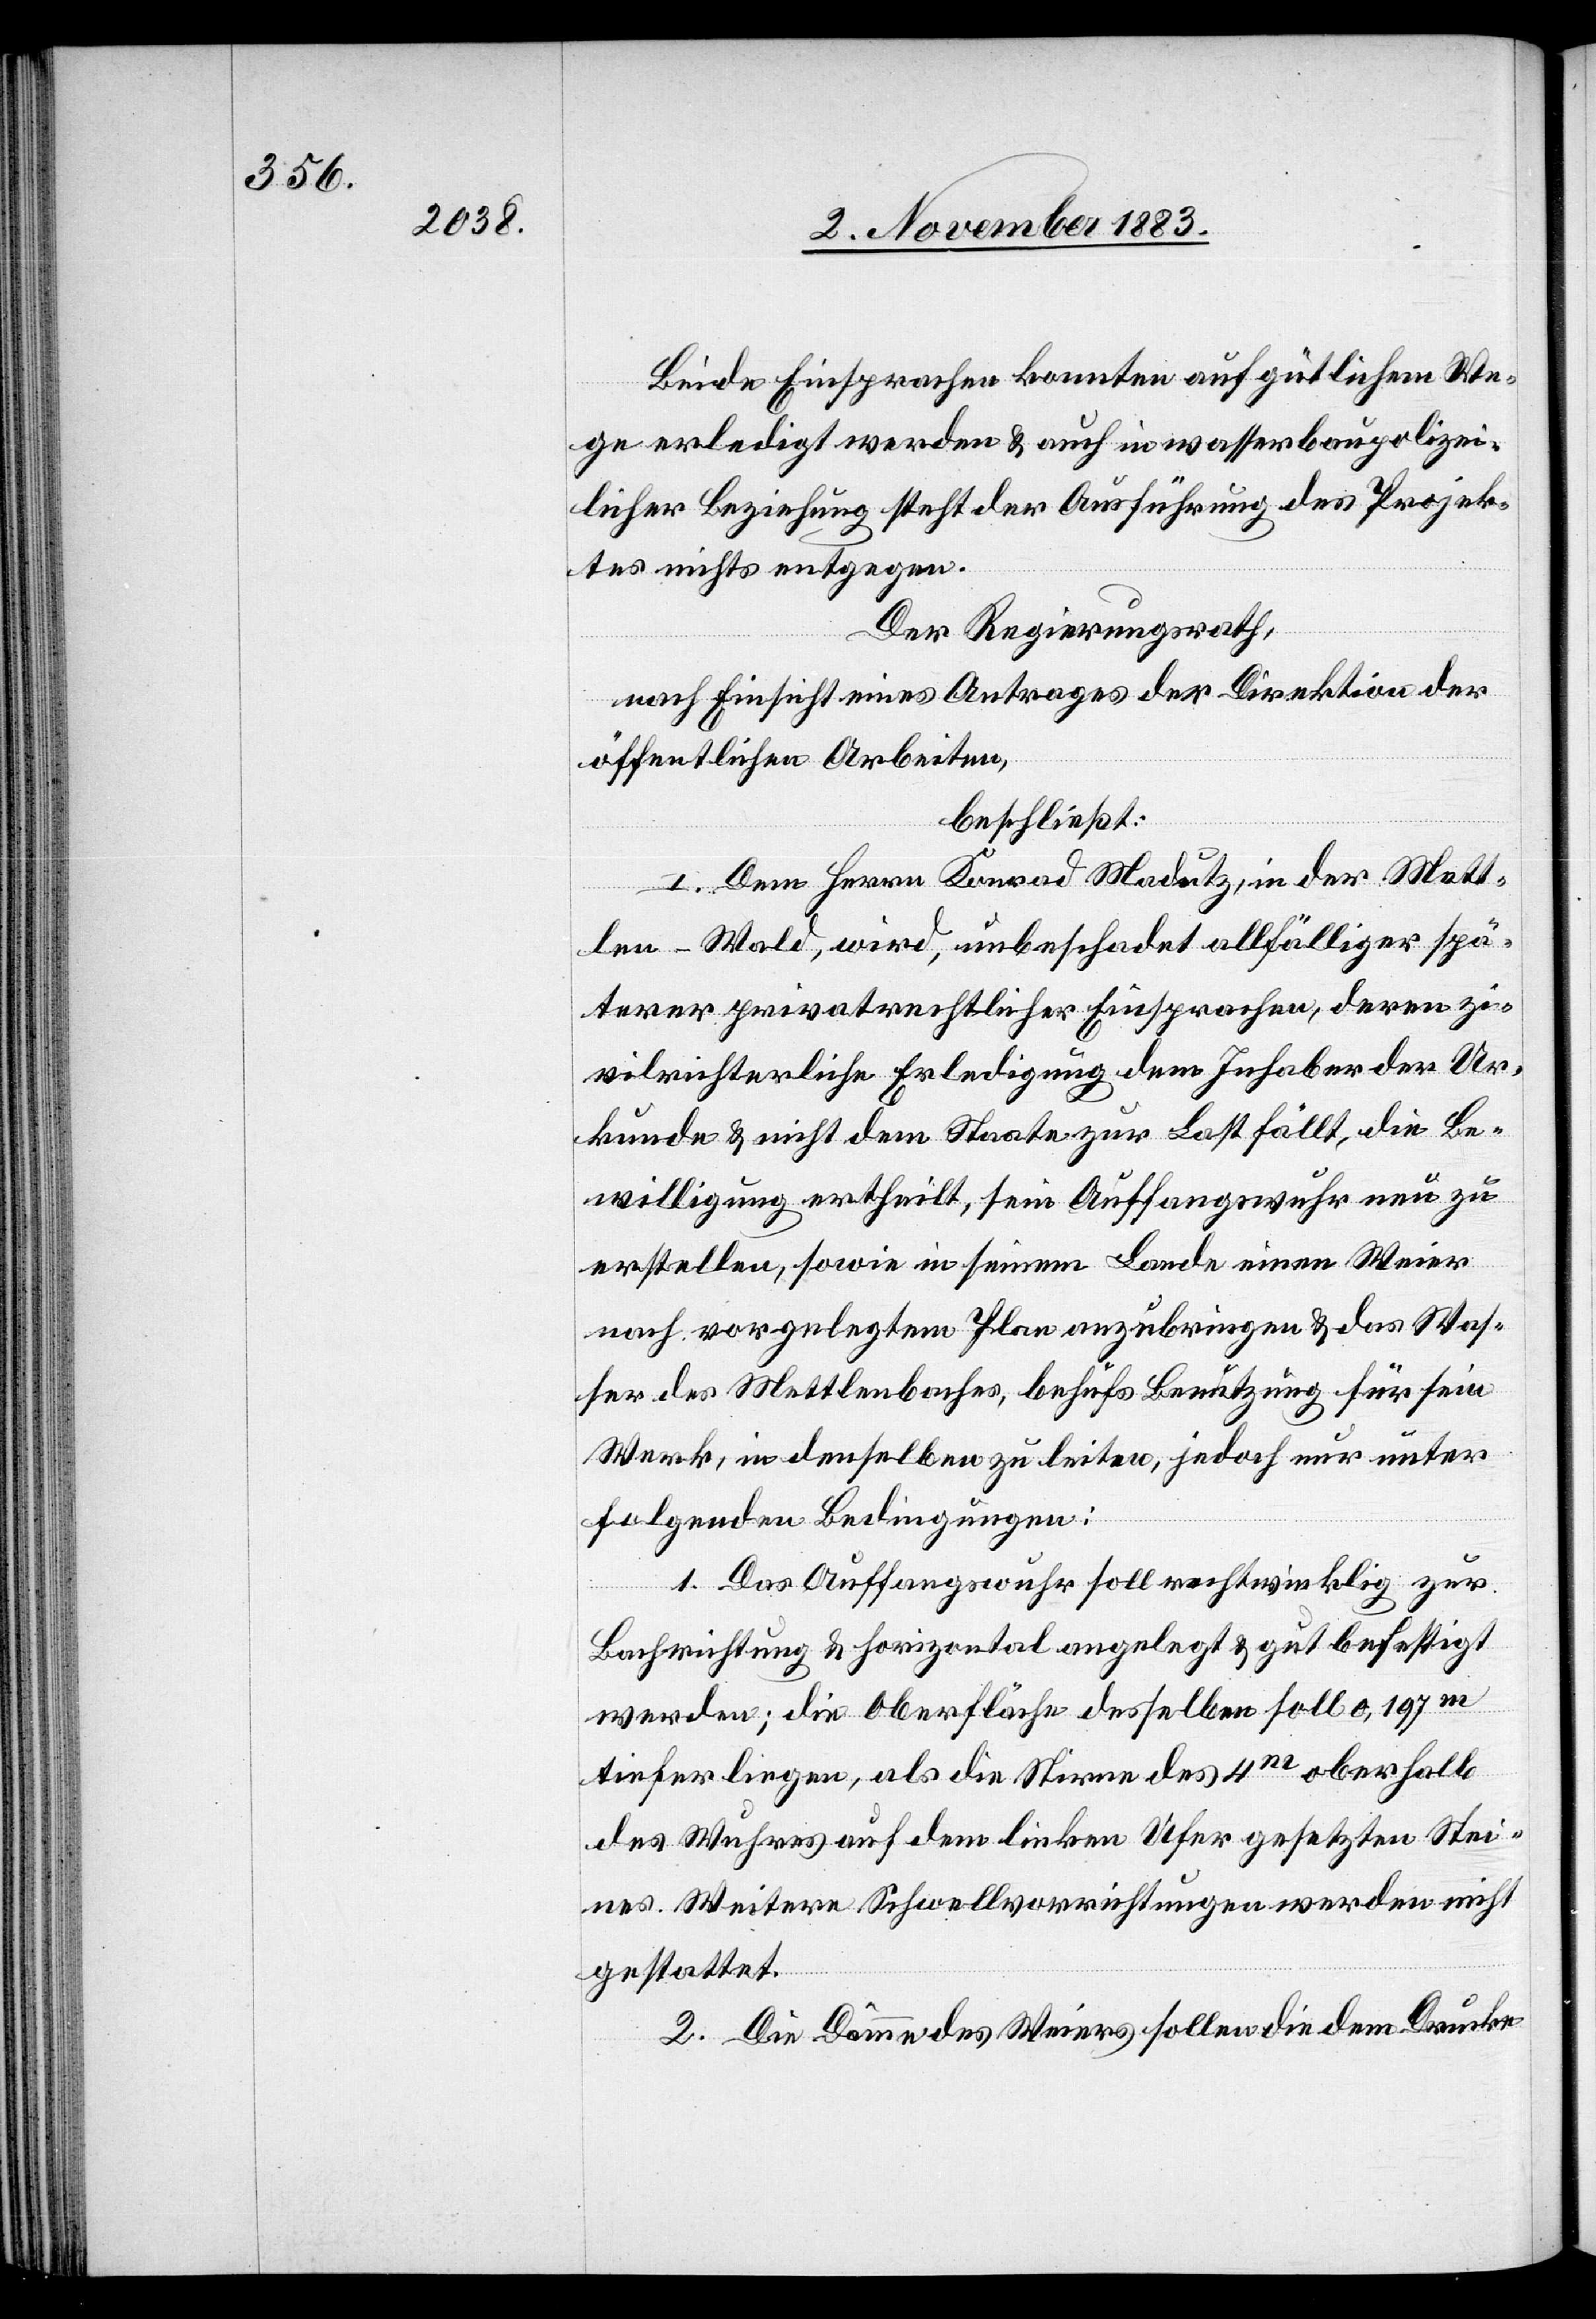
Beide Einsprachen konnten auf gütlichem We¬
ge erledigt werden & auch in wasserbaupolizei¬
licher Beziehung steht der Ausführung des Projek¬
tes nichts entgegen.
Der Regierungsrath,
nach Einsicht eines Antrages der Direktion der
öffentlichen Arbeiten,
beschließt:
I. Dem Herrn Konrad Madutz, in der Mett¬
len - Wald, wird, unbeschadet allfälliger spä¬
terer privatrechtlicher Einsprachen, deren zi¬
vilrichterliche Erledigung dem Inhaber der Ur¬
kunde & nicht dem Staate zur Last fällt, die Be¬
willigung ertheilt sein Auffangswuhr neu zu
erstellen, sowie in seinem Lande einen Weier
nach vorgelegtem Plan anzubringen & das Was¬
ser des Mettlenbaches, behufs Benutzung für sein
Werk, in denselben zu leiten, jedoch nur unter
folgenden Bedingungen:
1. Das Auffangswuhr soll rechtwinklig zur
Bachrichtung & horizontal angelegt & gut befestigt
werden; die Oberfläche desselben soll 0,197 m
tiefer liegen, als die Stirne des 4 m oberhalb
des Wuhres auf dem linken Ufer gesetzten Stei¬
nes. Weitere Schwellvorrichtungen werden nicht
gestattet.
2. Die Dämme des Weiers sollen die dem Drucke